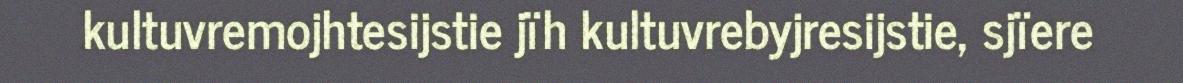
kultuvremojhtesijstie jïh kultuvrebyjresijstie, sjïere